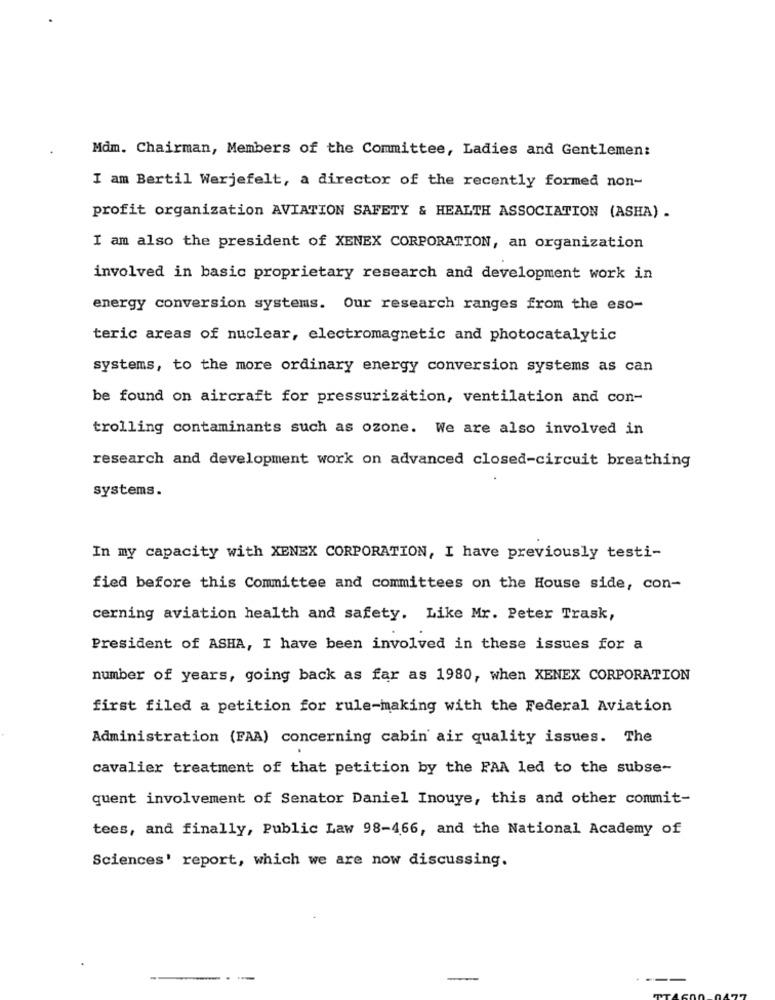
Mdm. Chairman, Members of the Committee, Ladies and Gentlemen:
I am Bertil Werjefelt, a director of the recently formed non-
profit organization AVIATION SAFETY & HEALTH ASSOCIATION (ASHA) .
I am also the president of XENEX CORPORATION, an organization
involved in basic proprietary research and development work in
energy conversion systems. Our research ranges from the eso-
teric areas of nuclear, electromagnetic and photocatalytic
systems, to the more ordinary energy conversion systems as can
be found on aircraft for pressurization, ventilation and con-
trolling contaminants such as ozone. We are also involved in
research and development work on advanced closed-circuit breathing
systems.
In my capacity with XENEX CORPORATION, I have previously testi-
fied before this Committee and committees on the House side, con-
cerning aviation health and safety. Like Mr. Peter Trask,
President of ASHA, I have been involved in these issues for a
number of years, going back as far as 1980, when XENEX CORPORATION
first filed a petition for rule-making with the Federal Aviation
Administration (FAA) concerning cabin air quality issues. The
cavalier treatment of that petition by the FAA led to the subse-
quent involvement of Senator Daniel Inouye, this and other commit-
tees, and finally, Public Law 98-466, and the National Academy of
Sciences' report, which we are now discussing.
-